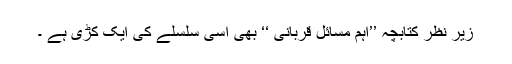
زیر نظر کتابچہ ’’اہم مسائل قربانی ‘‘ بھی اسی سلسلے کی ایک کڑی ہے ۔